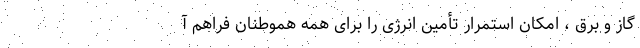
گاز و برق ، امکان استمرار تأمین انرژی را برای همه هموطنان فراهم آ